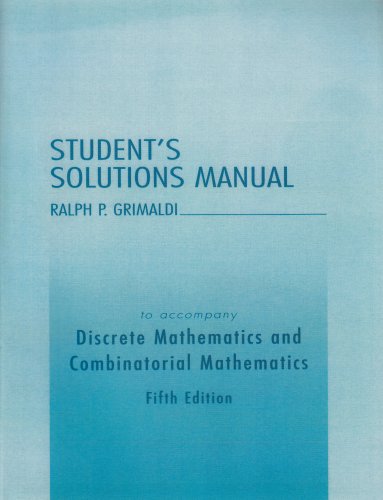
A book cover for Student Solutions Manual for Discrete and Combinatorial Mathematics; Ralph P. Grimaldi; Science & Math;